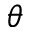
\theta